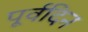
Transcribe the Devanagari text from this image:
पूर्वदिन